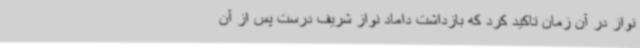
نواز در آن زمان تاکید کرد که بازداشت داماد نواز شریف درست پس از آن